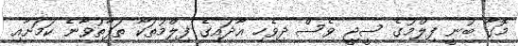
މޮގާ ބުނީ ފިލްމުގެ ސީޖީ ވެސް ދިވެހި އާދައިގެ ފިލްމުތަކާ ތަފާތުވާނެ ކަމަށާއި